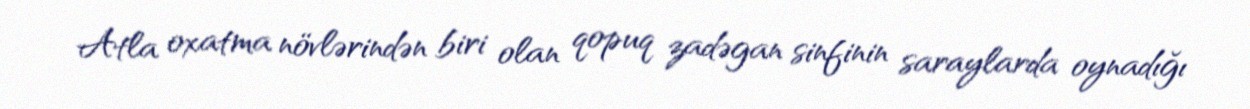
Atla oxatma növlərindən biri olan qopuq zadəgan sinfinin saraylarda oynadığı